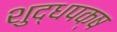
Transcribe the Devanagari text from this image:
शुद्धपक्ष